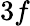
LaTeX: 3f